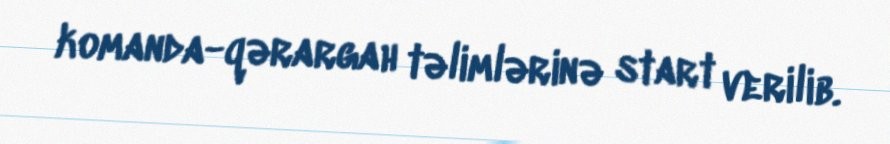
komanda-qərargah təlimlərinə start verilib.